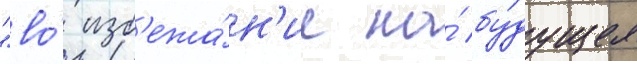
"во́ изб'ежа́н'ие на́ бу́дущее